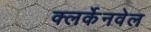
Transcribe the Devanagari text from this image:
क्लर्केनवेल